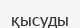
қысуды